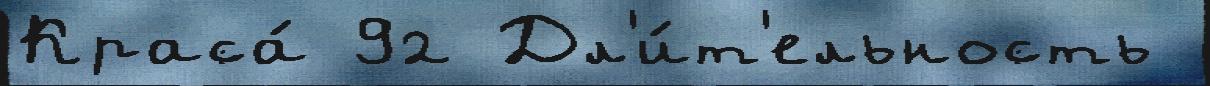
Краса́ 92 Дл'и́т'ельность